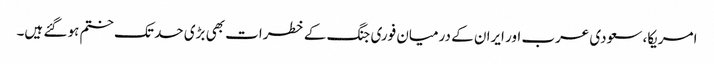
امریکا، سعودی عرب اور ایران کے درمیان فوری جنگ کے خطرات بھی بڑی حد تک ختم ہو گئے ہیں۔